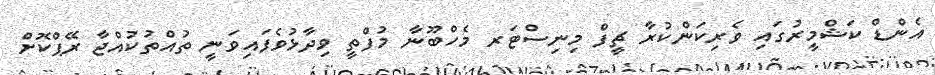
އެންޑް ކަޝްމީރުގައި ވެރިކަންކުރާ ޗީފް މިނިސްޓަރ މެހްބޫނާ މުފްތީ ވިދާޅުވެފައިވަނީ ތުއްތުކުއްޖާ ރޭޕްކޮށް